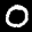
Label: 0